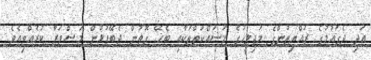
އަދި ދެގައުމުގެ ރައްޔިތުންގެ މަޖިލީހުގެ މަސައްކަތްތަކާއި ބެހޭ ގޮތުން ދެބޭފުޅުން މަޝްވަރާ ކުރެއްވިއެވެ.